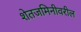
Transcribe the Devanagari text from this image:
शेतजमिनीवरील